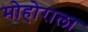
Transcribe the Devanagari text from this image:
मोहोराला